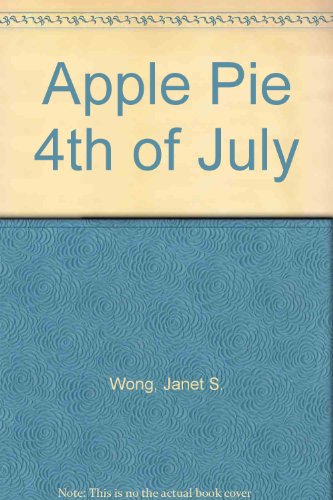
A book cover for Apple Pie 4th of July; Janet S. Wong; Children's Books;